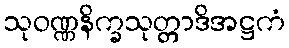
သုဝဏ္ဏနိက္ခသုတ္တာဒိအဋ္ဌကံ